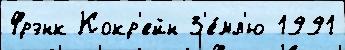
Фрэнк Кокр'ейн З'е́мл'ю 1991